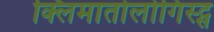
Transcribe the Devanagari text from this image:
क्लिमातोलोगिस्ट्स